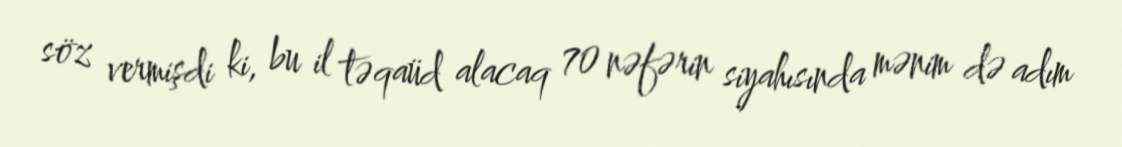
söz vermişdi ki, bu il təqaüd alacaq 70 nəfərin siyahısında mənim də adım